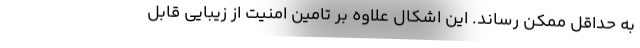
به حداقل ممکن رساند. این اشکال علاوه بر تامین امنیت از زیبایی قابل